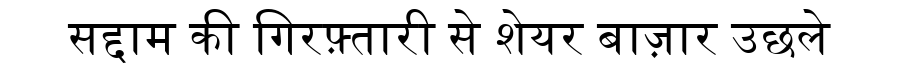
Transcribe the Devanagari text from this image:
सद्दाम की गिरफ़्तारी से शेयर बाज़ार उछले